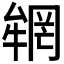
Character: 𠬏